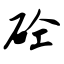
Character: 砼